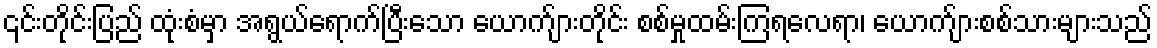
၎င်းတိုင်းပြည် ထုံးစံမှာ အရွယ်ရောက်ပြီးသော ယောက်ျားတိုင်း စစ်မှုထမ်းကြရလေရာ၊ ယောက်ျားစစ်သားများသည်